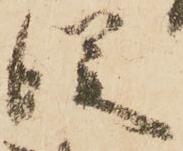
従